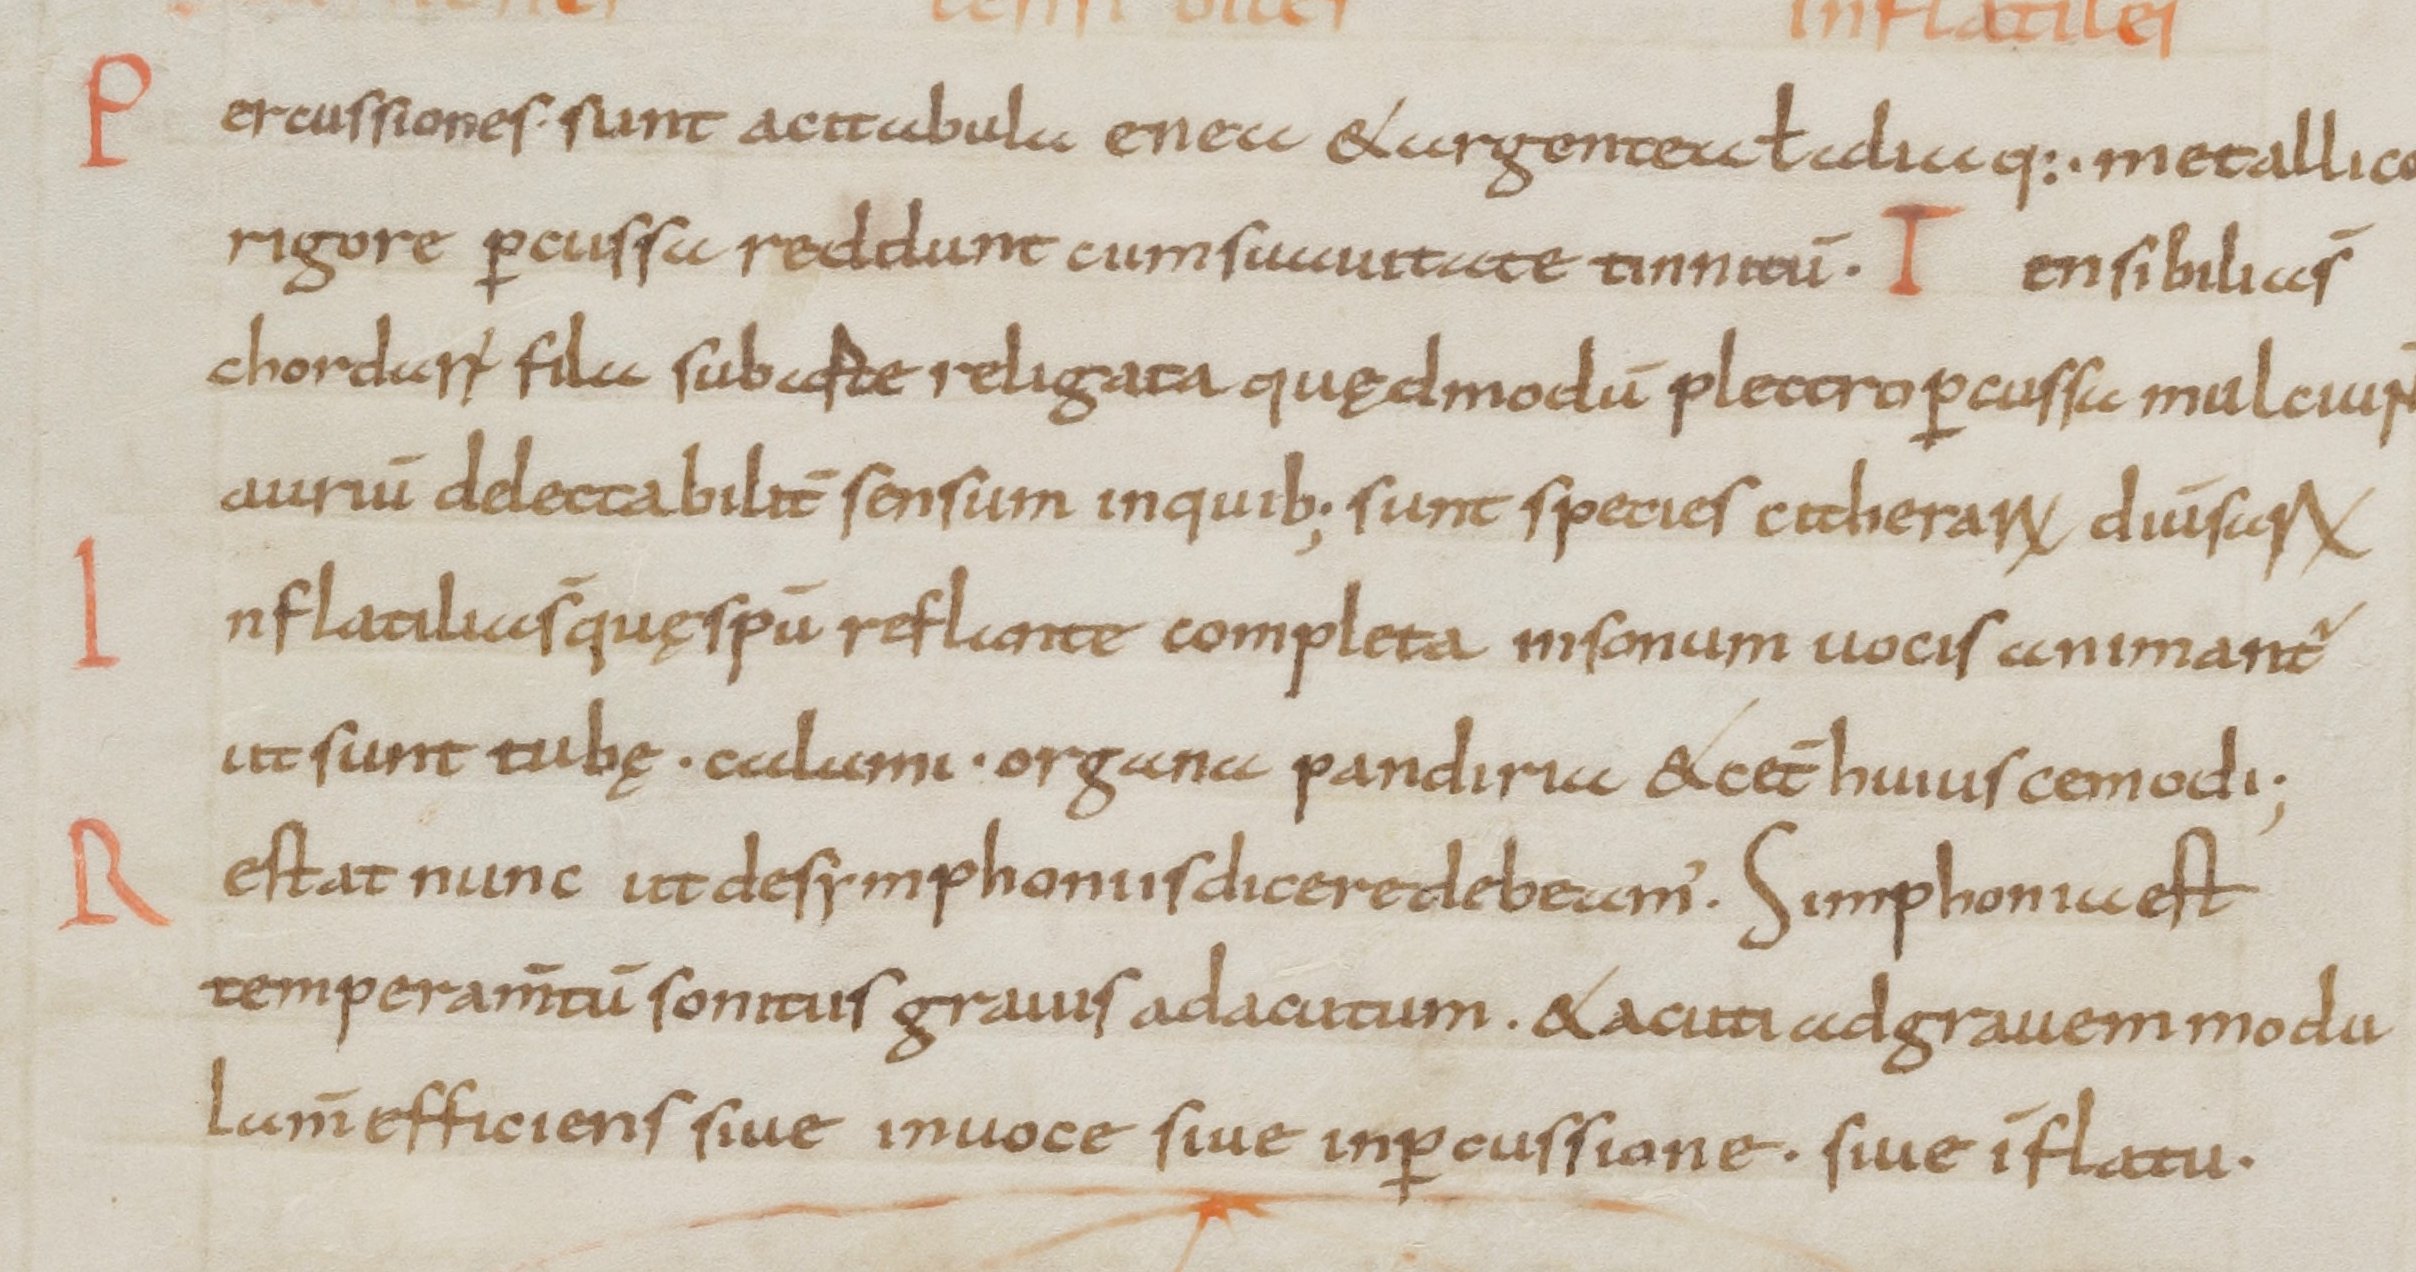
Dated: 800–899